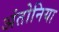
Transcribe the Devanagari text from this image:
अंतोनिया